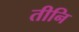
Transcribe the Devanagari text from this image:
तीनि